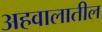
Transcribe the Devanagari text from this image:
अहवालातील